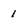
Character: 1